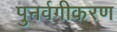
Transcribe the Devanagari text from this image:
पुनर्वगीकरण